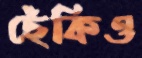
ছেঁকিও